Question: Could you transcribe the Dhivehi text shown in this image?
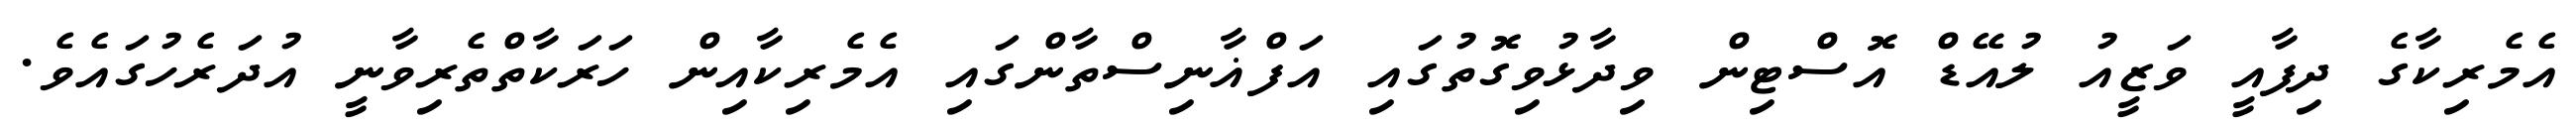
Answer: އެމެރިކާގެ ދިފާއީ ވަޒީއު ލުއޭޑް އޮސްޓިން ވިދާޅުވިގޮތުގައި އަފްޣާނިސްތާންގައި އެމެރިކާއިން ހަރަކާތްތެރިވާނީ އުދަރެހުގައެވެ.